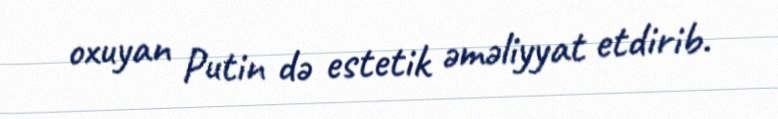
oxuyan Putin də estetik əməliyyat etdirib.